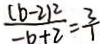
\frac { ( b - 2 ) ^ { 2 } } { - b + 2 } = \frac { 3 } { 1 }